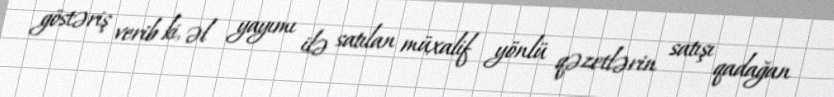
göstəriş verib ki, əl yayımı ilə satılan müxalif yönlü qəzetlərin satışı qadağan